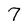
Character: 7